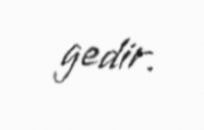
gedir.